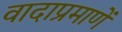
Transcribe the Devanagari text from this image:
वादाप्रमाणें